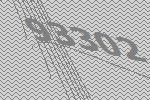
93302